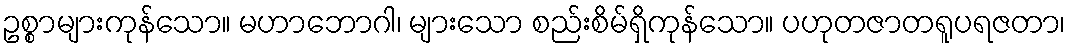
ဥစ္စာများကုန်သော။ မဟာဘောဂါ၊ များသော စည်းစိမ်ရှိကုန်သော။ ပဟုတဇာတရူပရဇတာ၊